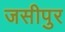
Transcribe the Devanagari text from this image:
जसीपुर